Applicability to medico-legal practice in India of the biochemical tests for the origin of blood-stains - Number 39
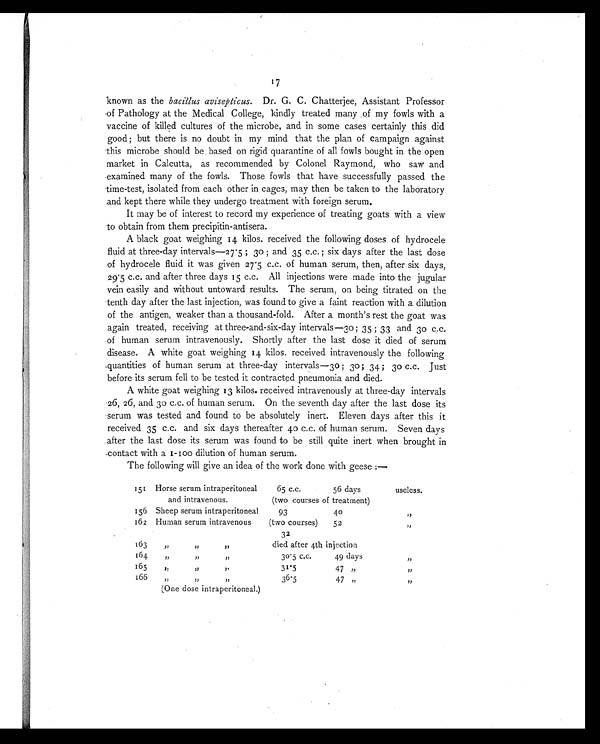
17
known as the bacillus avisepticus. Dr. G. C. Chatterjee, Assistant Professor
of Pathology at the Medical College, kindly treated many of my fowls with a
vaccine of killed cultures of the microbe, and in some cases certainly this did
good; but there is no doubt in my mind that the plan of campaign against
this microbe should be based on rigid quarantine of all fowls bought in the open
market in Calcutta, as recommended by Colonel Raymond, who saw and
examined many of the fowls. Those fowls that have successfully passed the
time-test, isolated from each other in cages, may then be taken to the laboratory
and kept there while they undergo treatment with foreign serum.
It may be of interest to record my experience of treating goats with a view
to obtain from them precipitin-antisera.
A black goat weighing 14 kilos. received the following doses of hydrocele
fluid at three-day intervals—27.5 ; 30 ; and 35 c.c. ; six days after the last dose
of hydrocele fluid it was given 27.5 c.c. of human serum, then, after six days,
29.5 c.c. and after three days 15 c.c. All injections were made into the jugular
vein easily and without untoward results. The serum, on being titrated on the
tenth day after the last injection, was found to give a faint reaction with a dilution
of the antigen, weaker than a thousand-fold. After a month's rest the goat was
again treated, receiving at three-and-six-day intervals—30 ; 35 ; 33 and 30 c.c.
of human serum intravenously. Shortly after the last dose it died of serum
disease. A white goat weighing 14 kilos. received intravenously the following
quantities of human serum at three-day intervals—30 ; 30; 34 ; 30 c.c. Just
before its serum fell to be tested it contracted pneumonia and died.
A white goat weighing 13 kilos. received intravenously at three-day intervals
26, 26, and 30 c.c. of human serum. On the seventh day after the last dose its
serum was tested and found to be absolutely inert. Eleven days after this it
received 35 c.c. and six days thereafter 40 c.c. of human serum. Seven days
after the last dose its serum was found to be still quite inert when brought in
contact with a 1-100 dilution of human serum.
The following will give an idea of the work done with geese :—
151 Horse serum intraperitoneal
and intravenous.
65 c.c.
56 days
useless.
(two courses of treatment)
156 Sheep serum intraperitoneal
93
40
„
162 Human serum intravenous
(two courses)
52
„
32
163
„ „ „
died after 4th injection
164
„ „ „
30.5 c.c.
49 days
„
165
„ „ „
31.5
47 „
„
166
„ „ „
36.5
47 „
„
(One dose intraperitoneal.)